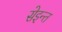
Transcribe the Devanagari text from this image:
सेइन्त